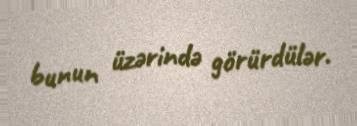
bunun üzərində görürdülər.